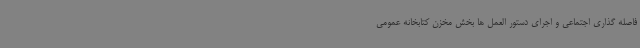
فاصله گذاری اجتماعی و اجرای دستور العمل ها بخش مخزن کتابخانه عمومی